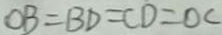
O B = B D = C D = O C